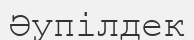
Әупілдек